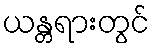
ယန္တရားတွင်